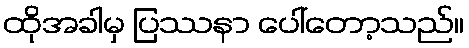
ထိုအခါမှ ပြဿနာ ပေါ်တော့သည်။